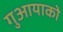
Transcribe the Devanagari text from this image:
गुआयाको